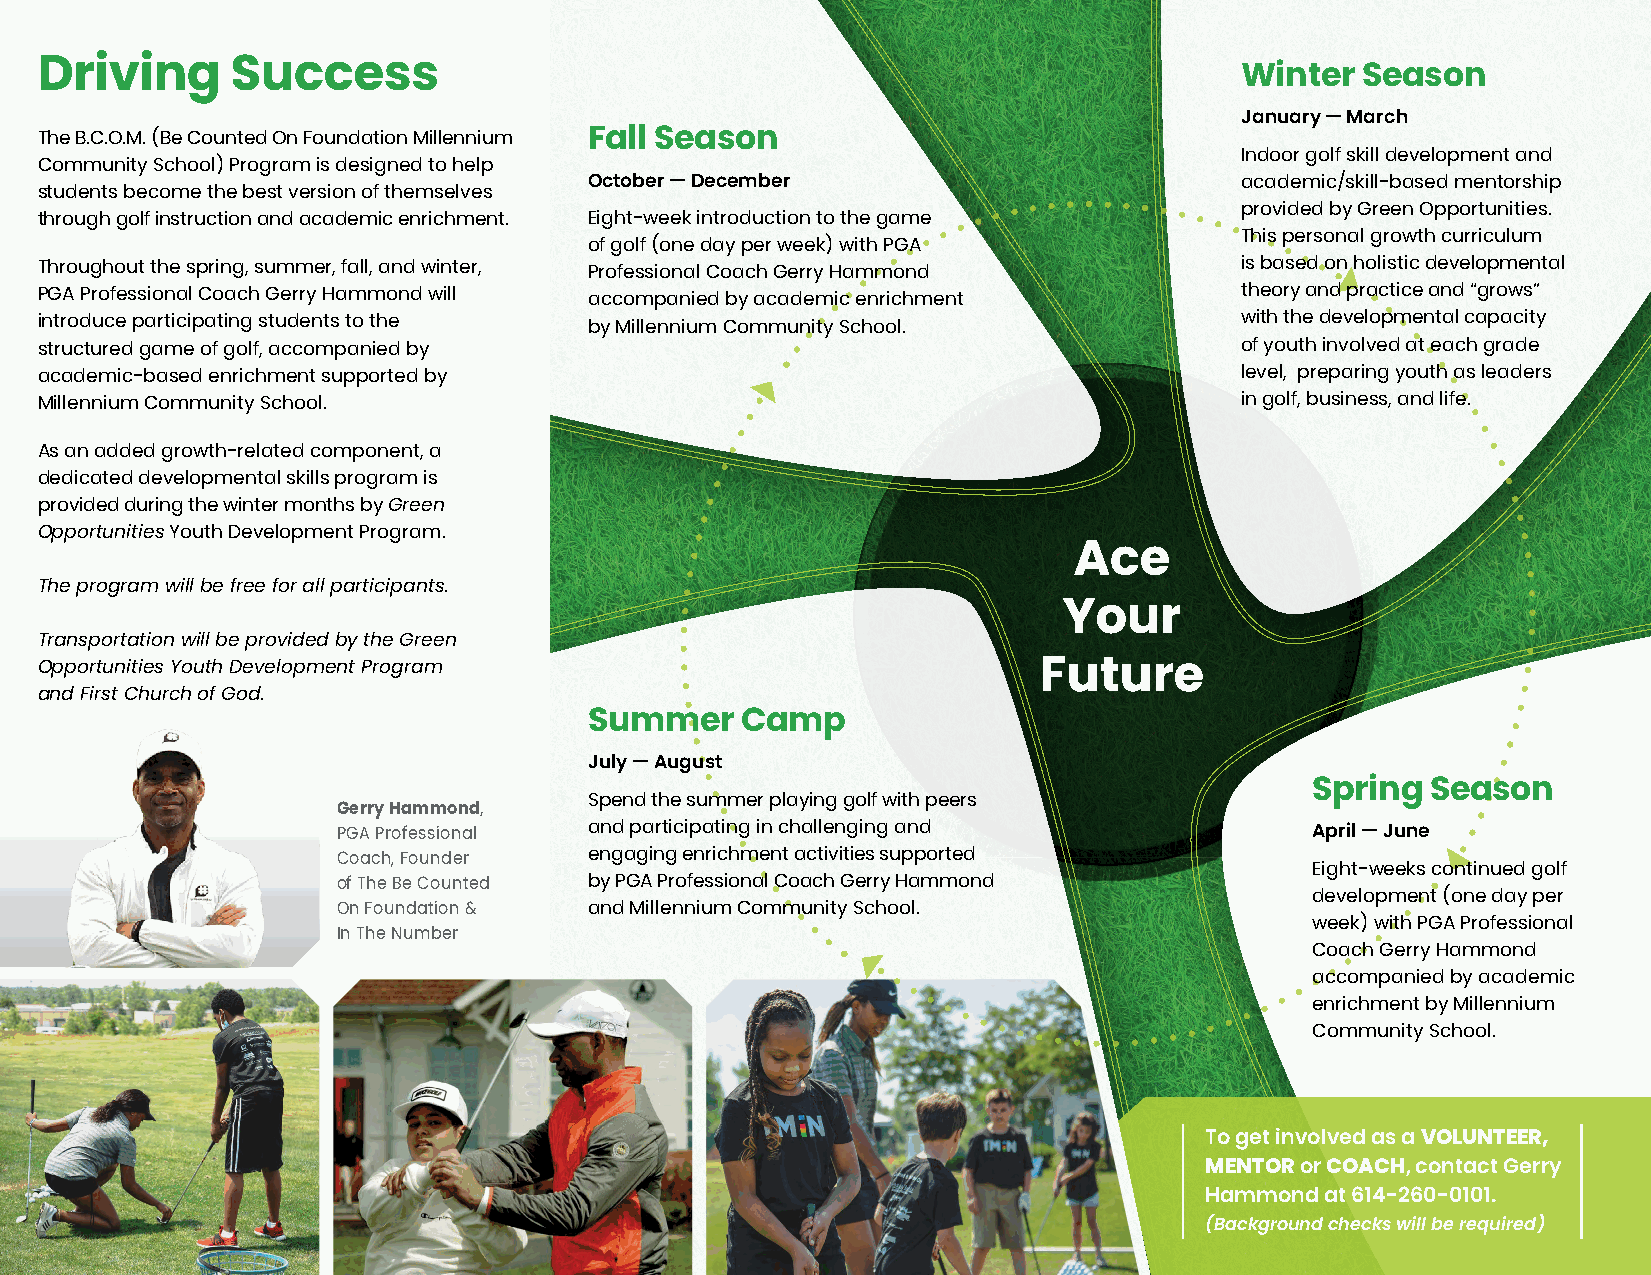
Driving      Success                                                            Winter  Season
 January — March
 The B.C.O.M. (Be Counted On Foundation Millennium Fall Season
 Indoor golf skill development and
 Community School) Program is designed to help
 October — December                         academic/skill-based mentorship
 students become the best version of themselves
 provided by Green Opportunities.
 through golf instruction and academic enrichment. Eight-week introduction to the game
 This personal growth curriculum
 of golf (one day per week) with PGA
 Throughout the spring, summer, fall, and winter, Professional Coach Gerry Hammond is based on holistic developmental
 PGA Professional Coach Gerry Hammond will accompanied by academic enrichment    theory and practice and “grows”
 introduce participating students to the by Millennium Community School.         with the developmental capacity
 structured game of golf, accompanied by                                         of youth involved at each grade
 academic-based enrichment supported by                                          level, preparing youth as leaders
 Millennium Community School.                                                    in golf, business, and life.
 As an added growth-related component, a
 dedicated developmental skills program is
 provided during the winter months by Green
 Opportunities Youth Development Program.
 Ace
 The program will be free for all participants.
 Your
 Transportation will be provided by the Green
 Opportunities Youth Development Program
 Future
 and First Church of God.
 Summer    Camp
 July — August
 Spring  Season
 Spend the summer playing golf with peers
 GGeerrrryy HHaammmmoonndd,,
 PPGGAA PPrrooffeessssiioonnaall and participating in challenging and April — June
 CCooaacchh,, FFoouunnddeerr engaging enrichment activities supported
 Eight-weeks continued golf
 ooff TThhee BBee CCoouunntteedd by PGA Professional Coach Gerry Hammond
 development (one day per
 OOnn FFoouunnddaattiioonn && and Millennium Community School.
 week) with PGA Professional
 IInn TThhee NNuummbbeerr
 Coach Gerry Hammond
 accompanied by academic
 enrichment by Millennium
 Community School.
 To get involved as a VOLUNTEER,
 MENTOR or COACH, contact Gerry
 Hammond at 614-260-0101.
 (Background checks will be required)